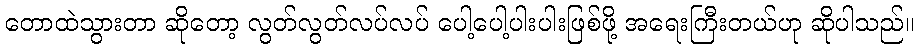
တောထဲသွားတာ ဆိုတော့ လွတ်လွတ်လပ်လပ် ပေါ့ပေါ့ပါးပါးဖြစ်ဖို့ အရေးကြီးတယ်ဟု ဆိုပါသည်။